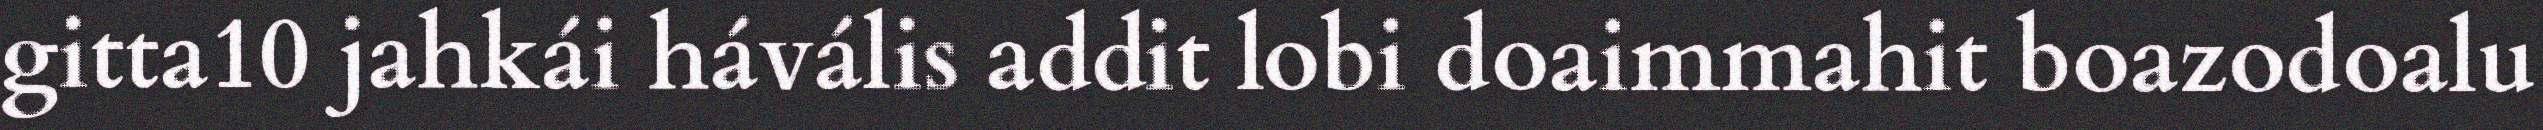
gitta10 jahkái hávális addit lobi doaimmahit boazodoalu